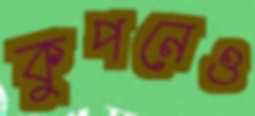
কুপনেও